65_HS1-834228961_62-HQ-83894_Section_8
Agency: FBI
Page 166
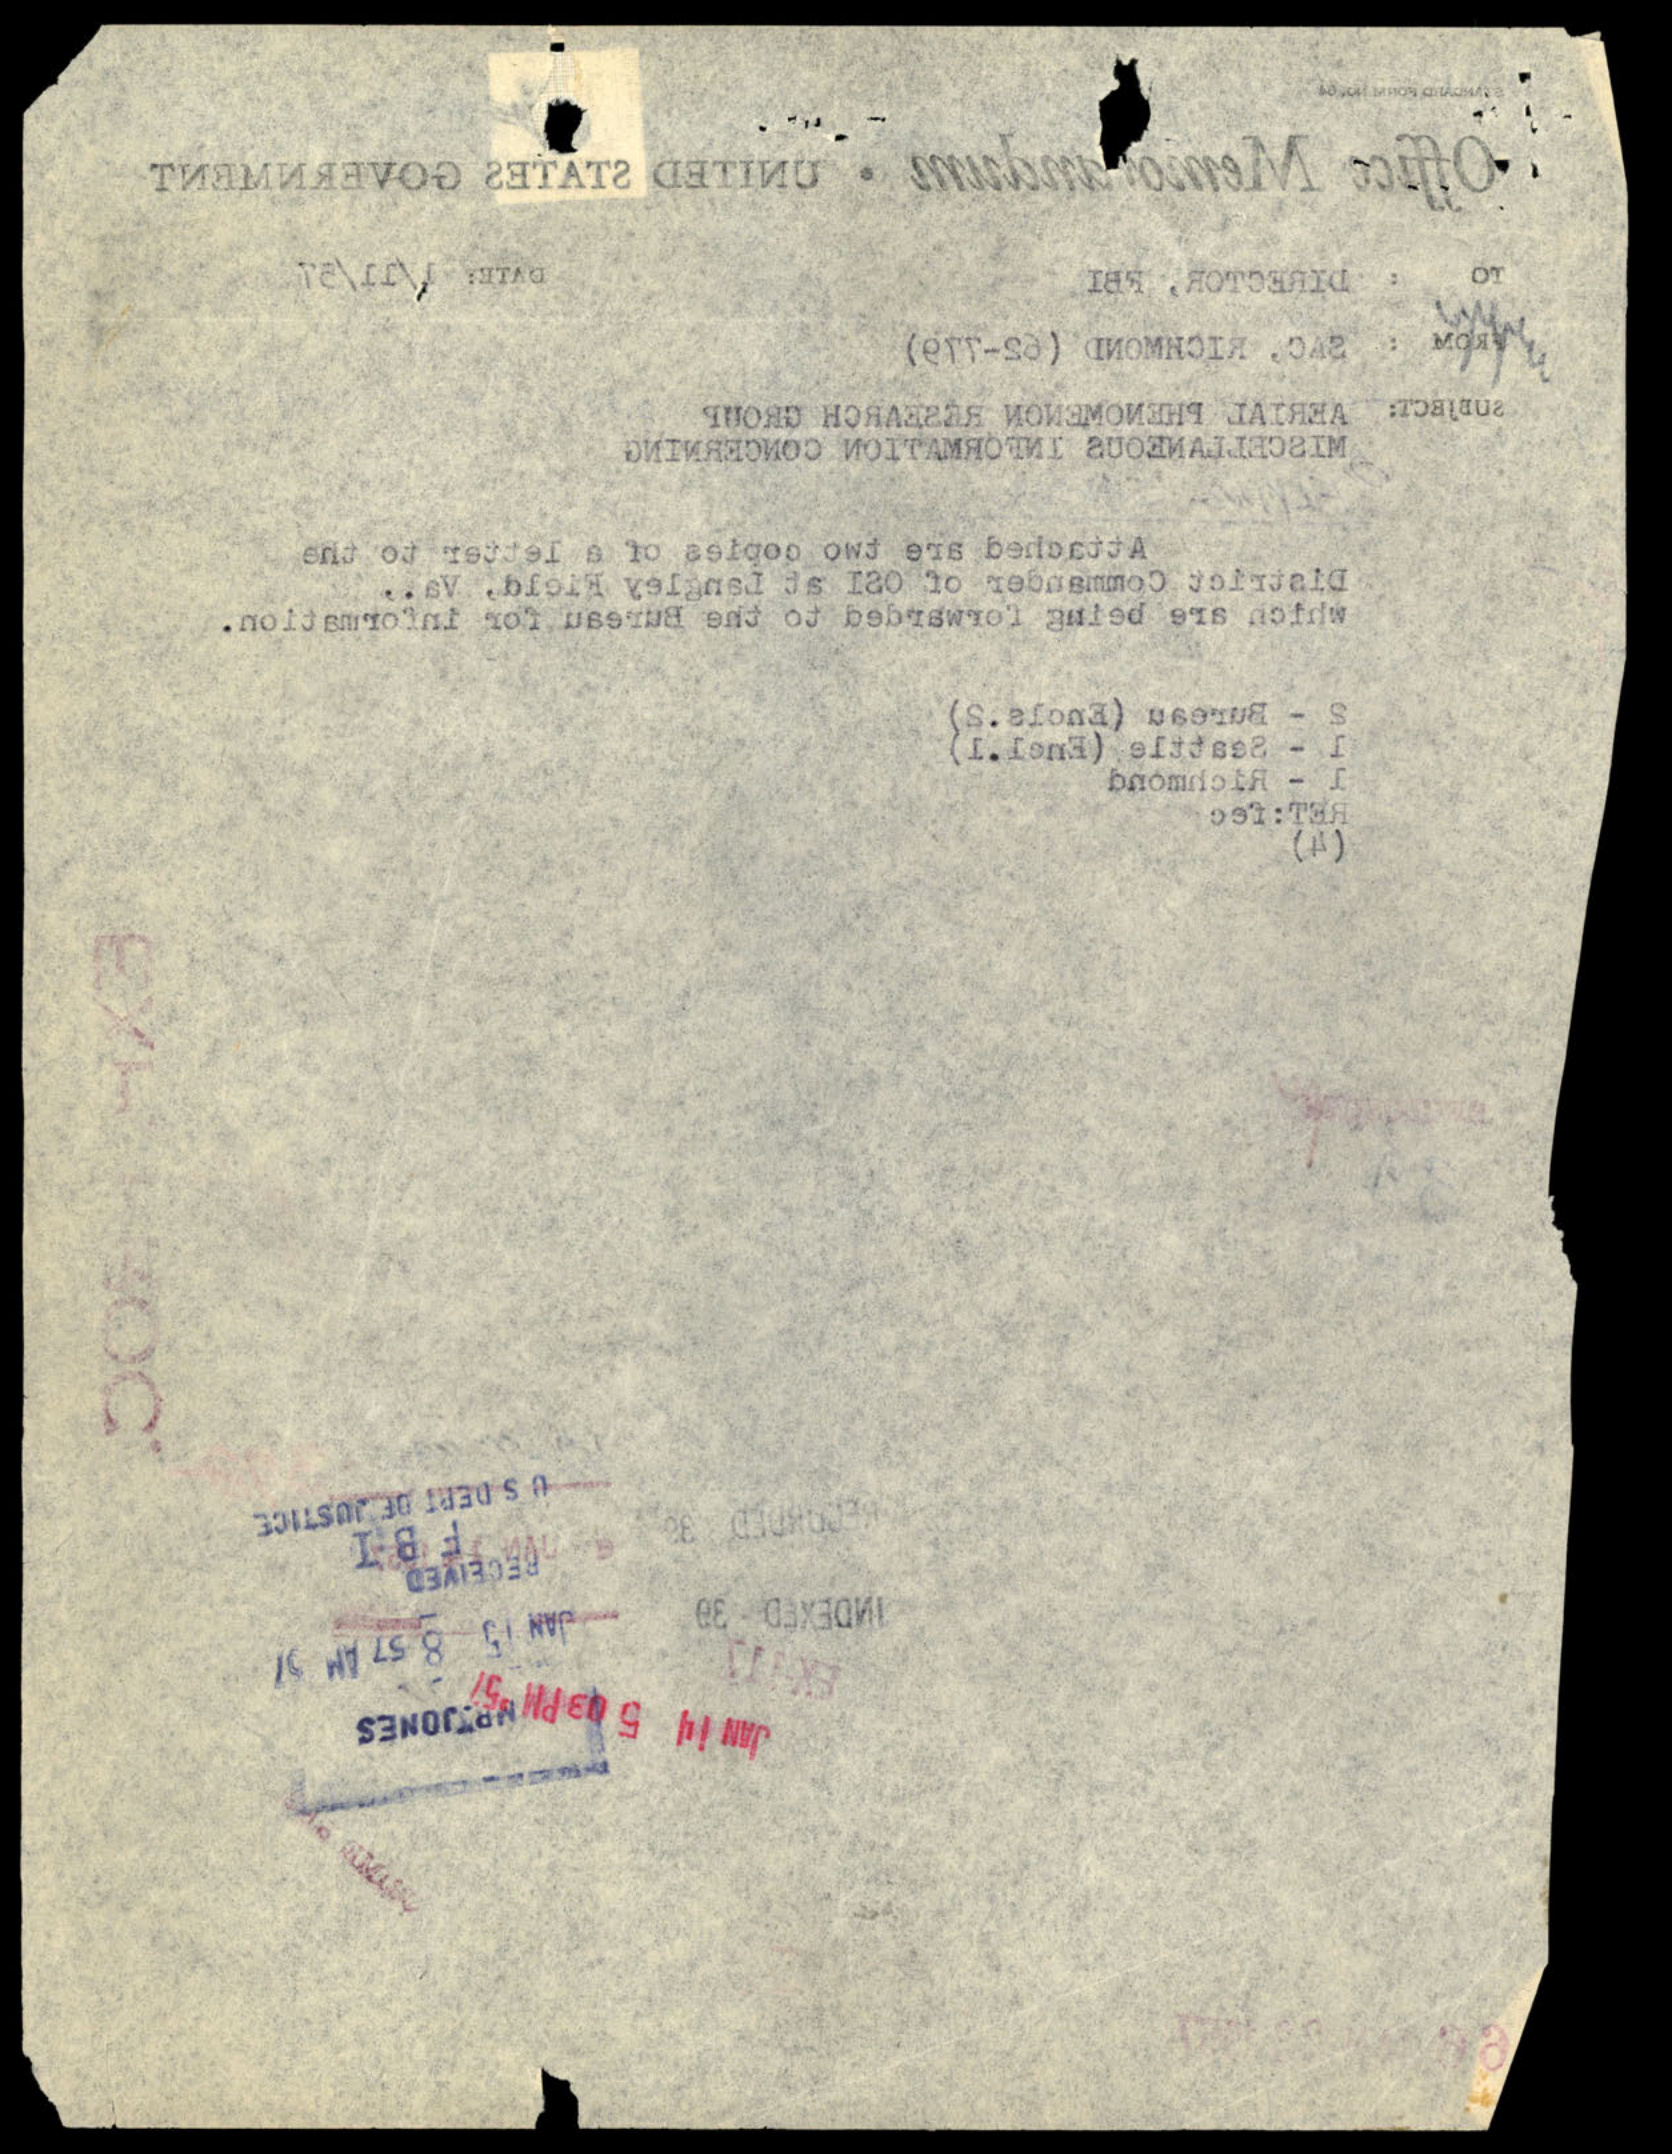